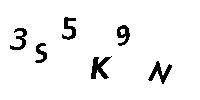
3S5K9N